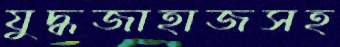
যুদ্ধজাহাজসহ